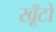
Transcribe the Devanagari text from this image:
खूँटों